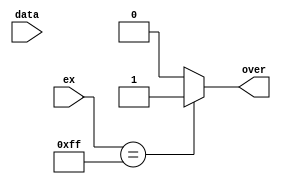
module OverFlow(ex,data,over);
input[7:0] ex;
input[22:0]data;
output reg over;

always @* begin
	if(ex==8'b1111_1111)begin
		over=1'b1;
	end
	else begin
		over=1'b0;
	end
end

endmodule